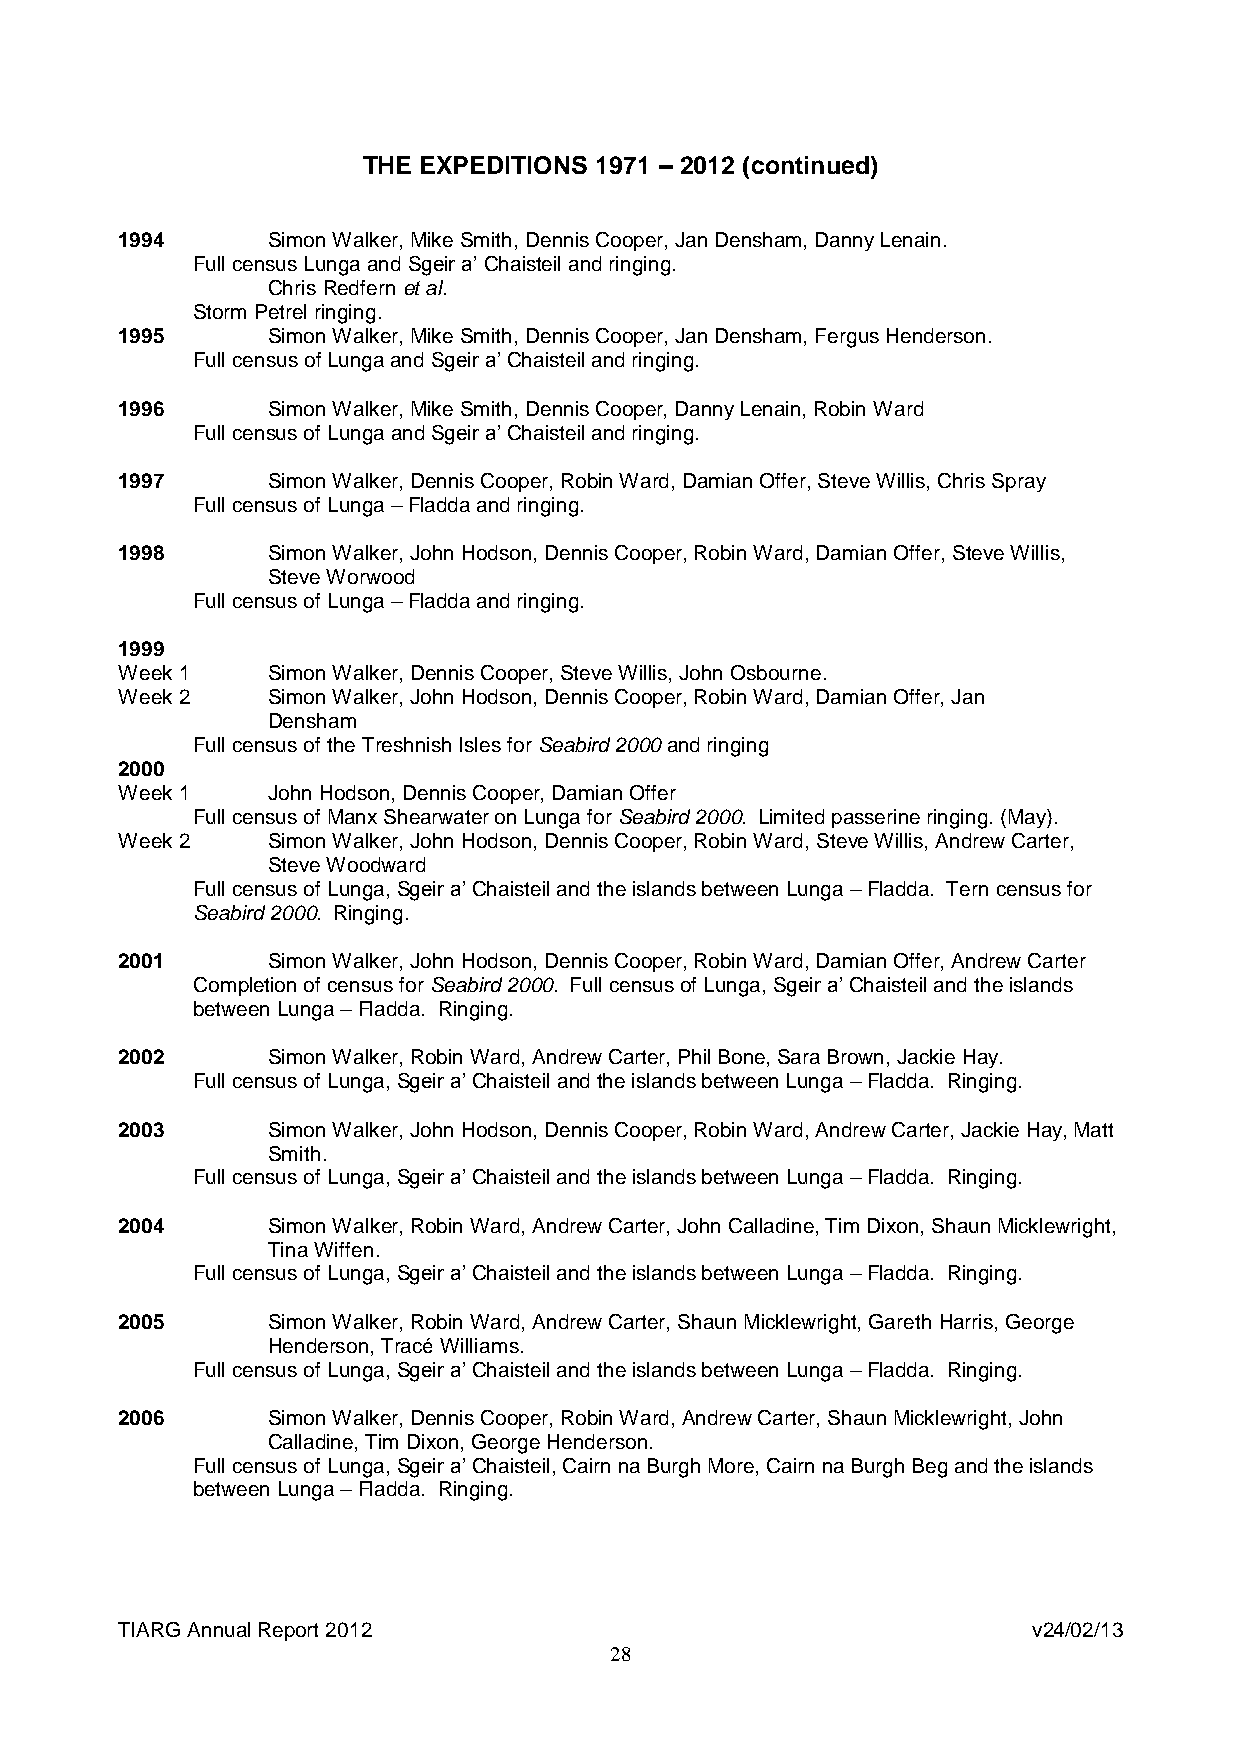
THE EXPEDITIONS 1971 – 2012 (continued)
 1994      Simon Walker, Mike Smith, Dennis Cooper, Jan Densham, Danny Lenain.
 Full census Lunga and Sgeir a’ Chaisteil and ringing.
 Chris Redfern et al.
 Storm Petrel ringing.
 1995      Simon Walker, Mike Smith, Dennis Cooper, Jan Densham, Fergus Henderson.
 Full census of Lunga and Sgeir a’ Chaisteil and ringing.
 1996      Simon Walker, Mike Smith, Dennis Cooper, Danny Lenain, Robin Ward
 Full census of Lunga and Sgeir a’ Chaisteil and ringing.
 1997      Simon Walker, Dennis Cooper, Robin Ward, Damian Offer, Steve Willis, Chris Spray
 Full census of Lunga – Fladda and ringing.
 1998      Simon Walker, John Hodson, Dennis Cooper, Robin Ward, Damian Offer, Steve Willis,
 Steve Worwood
 Full census of Lunga – Fladda and ringing.
 1999
 Week 1    Simon Walker, Dennis Cooper, Steve Willis, John Osbourne.
 Week 2    Simon Walker, John Hodson, Dennis Cooper, Robin Ward, Damian Offer, Jan
 Densham
 Full census of the Treshnish Isles for Seabird 2000 and ringing
 2000
 Week 1    John Hodson, Dennis Cooper, Damian Offer
 Full census of Manx Shearwater on Lunga for Seabird 2000. Limited passerine ringing. (May).
 Week 2    Simon Walker, John Hodson, Dennis Cooper, Robin Ward, Steve Willis, Andrew Carter,
 Steve Woodward
 Full census of Lunga, Sgeir a’ Chaisteil and the islands between Lunga – Fladda. Tern census for
 Seabird 2000. Ringing.
 2001      Simon Walker, John Hodson, Dennis Cooper, Robin Ward, Damian Offer, Andrew Carter
 Completion of census for Seabird 2000. Full census of Lunga, Sgeir a’ Chaisteil and the islands
 between Lunga – Fladda. Ringing.
 2002      Simon Walker, Robin Ward, Andrew Carter, Phil Bone, Sara Brown, Jackie Hay.
 Full census of Lunga, Sgeir a’ Chaisteil and the islands between Lunga – Fladda. Ringing.
 2003      Simon Walker, John Hodson, Dennis Cooper, Robin Ward, Andrew Carter, Jackie Hay, Matt
 Smith.
 Full census of Lunga, Sgeir a’ Chaisteil and the islands between Lunga – Fladda. Ringing.
 2004      Simon Walker, Robin Ward, Andrew Carter, John Calladine, Tim Dixon, Shaun Micklewright,
 Tina Wiffen.
 Full census of Lunga, Sgeir a’ Chaisteil and the islands between Lunga – Fladda. Ringing.
 2005      Simon Walker, Robin Ward, Andrew Carter, Shaun Micklewright, Gareth Harris, George
 Henderson, Tracé Williams.
 Full census of Lunga, Sgeir a’ Chaisteil and the islands between Lunga – Fladda. Ringing.
 2006      Simon Walker, Dennis Cooper, Robin Ward, Andrew Carter, Shaun Micklewright, John
 Calladine, Tim Dixon, George Henderson.
 Full census of Lunga, Sgeir a’ Chaisteil, Cairn na Burgh More, Cairn na Burgh Beg and the islands
 between Lunga – Fladda. Ringing.
 TIARG Annual Report 2012                                    v24/02/13
 28